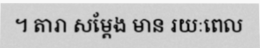
។ តារា សម្តែង មាន រយៈពេល